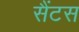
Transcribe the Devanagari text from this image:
सैंटस